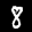
Label: 8